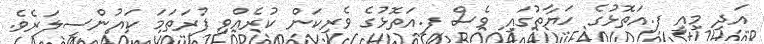
އަދި މިއީ ފ.އަތޮޅުގެ ހަޔާތުގައި ވެސް ފ.އަތޮޅުގެ ވެރިކަން ކުރެއްވި ފުރަތަމަ ކައުންސިލަރެވެ.